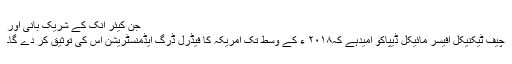
جَن کیئر اِنک کے شریک بانی اور
چیف ٹیکنیکل آفیسر مائیکل ڈیپاکو امیدہے کہ۲۰۱۸ ء کے وسط تک امریکہ کا فیڈرل ڈرگ ایڈمنسٹریشن اس کی توثیق کر دے گا۔